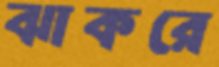
ঝাকরে